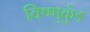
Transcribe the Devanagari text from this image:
विष्णुकुंड